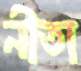
নীতা